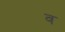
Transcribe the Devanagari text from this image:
व